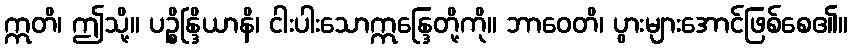
ဣတိ၊ ဤသို့။ ပဉ္စိန္ဒြိယာနိ၊ ငါးပါးသောဣန္ဒြေတို့ကို။ ဘာဝေတိ၊ ပွားများအောင်ဖြစ်စေ၏။